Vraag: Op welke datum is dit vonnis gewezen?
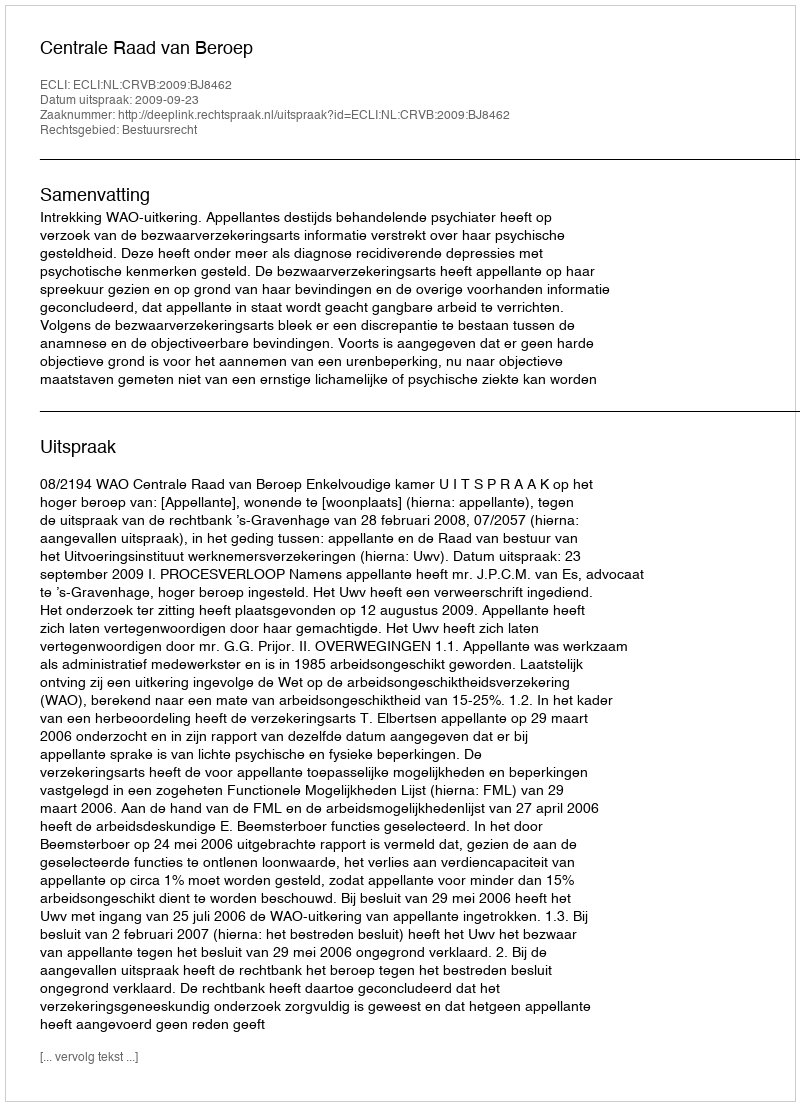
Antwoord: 2009-09-23